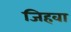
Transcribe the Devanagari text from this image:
जिहवा